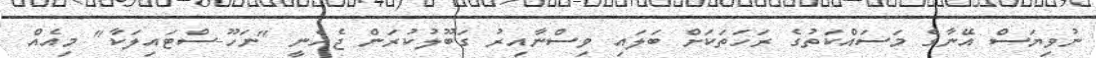
ނުވިޔަސް އޭނާގެ މަސައްކަތުގެ ރަހަތަކަށް ބަލައި ވިސްނާއިރު ގަބޫލުކުރަން ޖެހެނީ "ނަހޫ-ސްޓައިލަކާ" މިއެއް